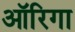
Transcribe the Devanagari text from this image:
ऑरिगा